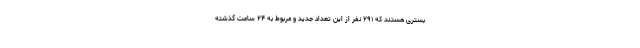
بستری هستند که ۲۹۱ نفر از این تعداد جدید و مربوط به ۲۴ ساعت گذشته